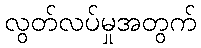
လွတ်လပ်မှုအတွက်